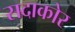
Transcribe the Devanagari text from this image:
सदाकोर